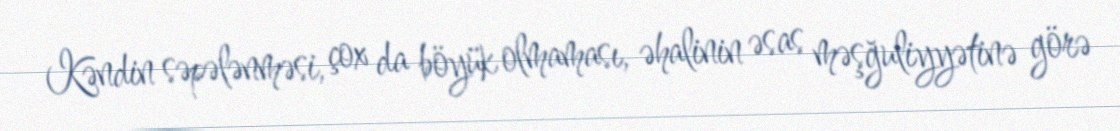
Kəndin səpələnməsi, çox da böyük olmaması, əhalinin əsas məşğuliyyətinə görə